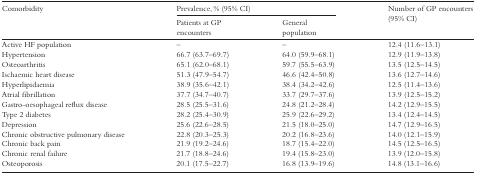
| <ROWSPAN=2> Comorbidity | <COLSPAN=2> Prevalence, % (95% CI) | <ROWSPAN=2> Number of GP encounters (95% CI) |
 | Patients at GP encounters | General population |
 | --- | --- | --- | --- |
 | Active HF population | – | – | 12.4 (11.6–13.1) |
 | Hypertension | 66.7 (63.7–69.7) | 64.0 (59.9–68.1) | 12.9 (11.9–13.8) |
 | Osteoarthritis | 65.1 (62.0–68.1) | 59.7 (55.5–63.9) | 13.5 (12.5–14.5) |
 | Ischaemic heart disease | 51.3 (47.9–54.7) | 46.6 (42.4–50.8) | 13.6 (12.7–14.6) |
 | Hyperlipidaemia | 38.9 (35.6–42.1) | 38.4 (34.2–42.6) | 12.5 (11.4–13.6) |
 | Atrial fibrillation | 37.7 (34.7–40.7) | 33.7 (29.7–37.6) | 13.9 (12.5–15.2) |
 | Gastro-oesophageal reflux disease | 28.5 (25.5–31.6) | 24.8 (21.2–28.4) | 14.2 (12.9–15.5) |
 | Type 2 diabetes | 28.2 (25.4–30.9) | 25.9 (22.6–29.2) | 13.4 (12.4–14.5) |
 | Depression | 25.6 (22.6–28.5) | 21.5 (18.0–25.0) | 14.7 (12.9–16.5) |
 | Chronic obstructive pulmonary disease | 22.8 (20.3–25.3) | 20.2 (16.8–23.6) | 14.0 (12.1–15.9) |
 | Chronic back pain | 21.9 (19.2–24.6) | 18.7 (15.4–22.0) | 14.5 (12.5–16.5) |
 | Chronic renal failure | 21.7 (18.8–24.6) | 19.4 (15.8–23.0) | 13.9 (12.0–15.8) |
 | Osteoporosis | 20.1 (17.5–22.7) | 16.8 (13.9–19.6) | 14.8 (13.1–16.6) |